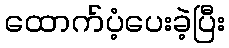
ထောက်ပံ့ပေးခဲ့ပြီး